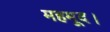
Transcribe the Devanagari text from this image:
महमूद।